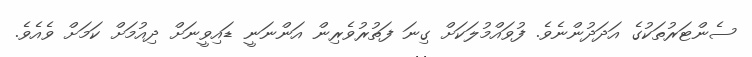
ސެންޓަރުތަކުގެ އަދަދުންނެވެ. ފުވައްމުލަކަށް ގިނަ ފަތުރުވެރިން އަންނަނީ ޑައިވީނަށް ދިއުމަށް ކަމަށް ވެއެވެ.